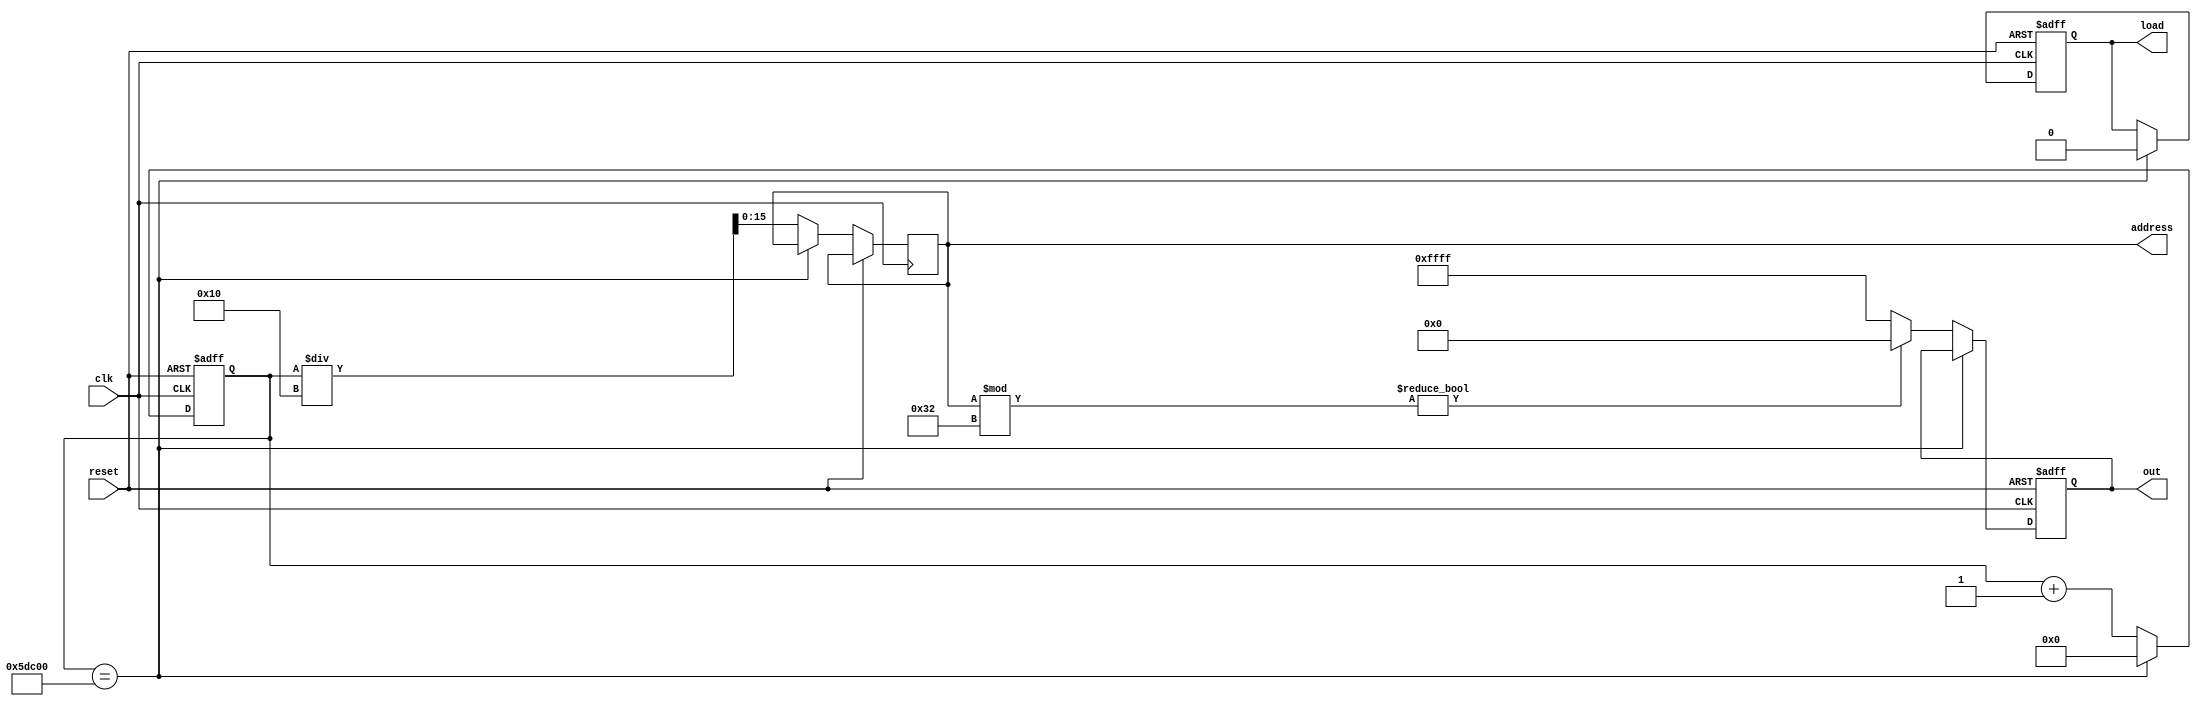
module image_generator(
    clk,
    reset,
    address,
    out,
    load
 );
 
    input clk;             // the system clock
    input reset;
    output load;             // do the write
    output [15:0] address;
    output [15:0] out;            // pixel values for ram address in the buffer


    reg [15:0] data;   
    reg [15:0] buffer_addr; 
    reg [32:0] counter;
    reg wren;
    
 
    
    always @(posedge clk or posedge reset) begin
        if (reset) begin 
            data <= 0;
            counter <= 0;
            wren <= 1;
        end else begin
            if (counter == 384000) begin // 800 x 480
                counter <= 0;
                wren <= 0; // write no more
            end
            else begin
                counter <= counter + 1;
                buffer_addr <= counter / 16;
                
                // 50 address registers per line (800 / 16 = 50)
                if (buffer_addr % 50) begin
                //if (buffer_addr == 0 || buffer_addr == 50 || buffer_addr == 100 || buffer_addr == 150 || buffer_addr == 200 || buffer_addr == 250 || buffer_addr == 300 || buffer_addr == 350) begin
                //if (buffer_addr == 0 || buffer_addr == 1 || buffer_addr == 2) begin
                    //data <= 16'hFF_FF;
                    data <= 16'h00_00;
                end
                else begin
                    //data <= 16'h00_00;
                    data <= 16'hFF_FF;
                end
                
            end

        end
    end
    
    
    assign load = wren;
    assign address = buffer_addr;
    assign out = data;
    
endmodule